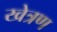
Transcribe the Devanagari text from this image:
खेत्रण